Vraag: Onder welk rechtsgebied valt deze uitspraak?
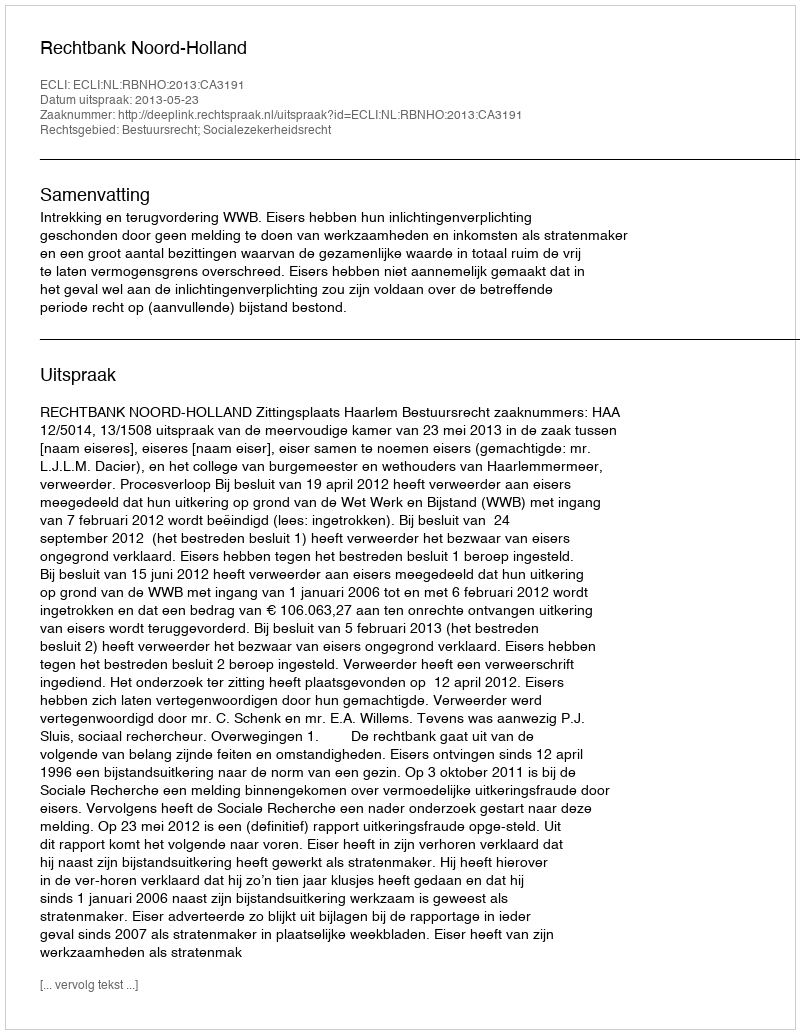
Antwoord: Bestuursrecht; Socialezekerheidsrecht